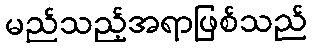
မည်သည့်အရာဖြစ်သည်